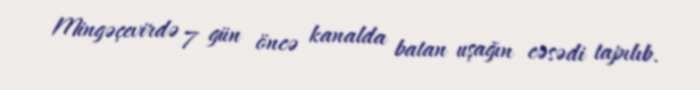
Mingəçevirdə 7 gün öncə kanalda batan uşağın cəsədi tapılıb.